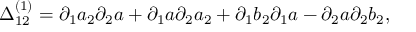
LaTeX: \Delta _ { 1 2 } ^ { ( 1 ) } = \partial _ { 1 } a _ { 2 } \partial _ { 2 } a + \partial _ { 1 } a \partial _ { 2 } a _ { 2 } + \partial _ { 1 } b _ { 2 } \partial _ { 1 } a - \partial _ { 2 } a \partial _ { 2 } b _ { 2 } ,